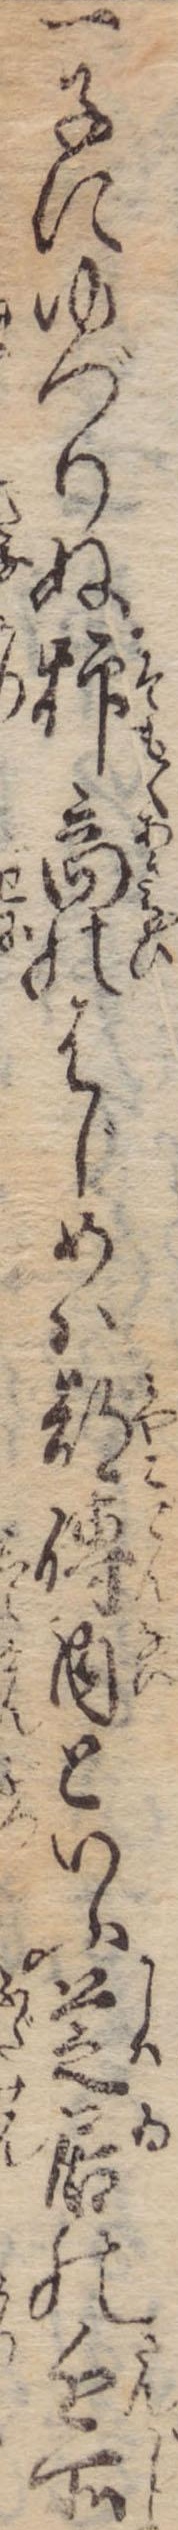
一子にゆづりぬ抑商のはじめは都伝内といふ芝居の近所